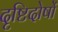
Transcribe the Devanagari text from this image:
दृष्टिदोषों